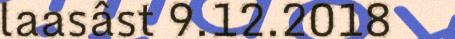
laasâst 9.12.2018